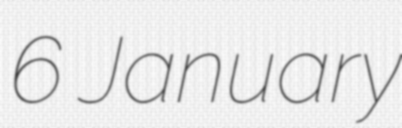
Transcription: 6 January